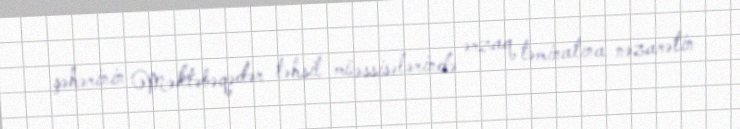
şəhərinin Məktəbəqədər təhsil müəssisələrində ərzaq təminatına nəzarətin